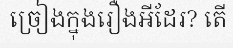
ច្រៀងក្នុងរឿងអីដែរ? តើ